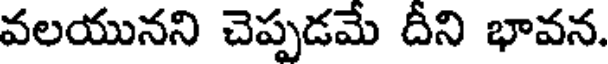
వలయునని చెప్పడమే దీని భావన.